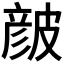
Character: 𥀆